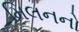
મિલનનો